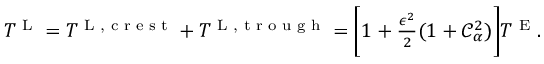
\begin{array} { r } { T ^ { \textnormal { L } } = T ^ { \textnormal { L , c r e s t } } + T ^ { \textnormal { L , t r o u g h } } = \bigg [ 1 + \frac { \epsilon ^ { 2 } } { 2 } ( 1 + \mathcal { C } _ { \alpha } ^ { 2 } ) \bigg ] T ^ { \textnormal { E } } . } \end{array}